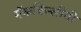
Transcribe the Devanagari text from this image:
मॅककिन्लीची